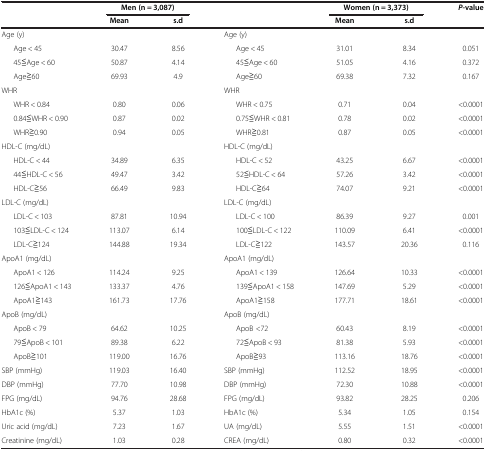
<table><thead><tr><td><b> </b></td><td colspan="2"><b>Men (n = 3,087)</b></td><td><b> </b></td><td colspan="2"><b>Women (n = 3,373)</b></td><td><b><i>P</i>-value</b></td></tr><tr><td><b> </b></td><td><b>Mean</b></td><td><b>s.d</b></td><td><b> </b></td><td><b>Mean</b></td><td><b>s.d</b></td><td><b> </b></td></tr></thead><tbody><tr><td>Age (y)</td><td> </td><td> </td><td>Age (y)</td><td> </td><td> </td><td> </td></tr><tr><td>Age &lt; 45</td><td>30.47</td><td>8.56</td><td>Age &lt; 45</td><td>31.01</td><td>8.34</td><td>0.051</td></tr><tr><td>45≦Age &lt; 60</td><td>50.87</td><td>4.14</td><td>45≦Age &lt; 60</td><td>51.05</td><td>4.16</td><td>0.372</td></tr><tr><td>Age≧60</td><td>69.93</td><td>4.9</td><td>Age≧60</td><td>69.38</td><td>7.32</td><td>0.167</td></tr><tr><td>WHR</td><td> </td><td> </td><td>WHR</td><td> </td><td> </td><td> </td></tr><tr><td>WHR &lt; 0.84</td><td>0.80</td><td>0.06</td><td>WHR &lt; 0.75</td><td>0.71</td><td>0.04</td><td>&lt;0.0001</td></tr><tr><td>0.84≦WHR &lt; 0.90</td><td>0.87</td><td>0.02</td><td>0.75≦WHR &lt; 0.81</td><td>0.78</td><td>0.02</td><td>&lt;0.0001</td></tr><tr><td>WHR≧0.90</td><td>0.94</td><td>0.05</td><td>WHR≧0.81</td><td>0.87</td><td>0.05</td><td>&lt;0.0001</td></tr><tr><td>HDL-C (mg/dL)</td><td> </td><td> </td><td>HDL-C (mg/dL)</td><td> </td><td> </td><td> </td></tr><tr><td>HDL-C &lt; 44</td><td>34.89</td><td>6.35</td><td>HDL-C &lt; 52</td><td>43.25</td><td>6.67</td><td>&lt;0.0001</td></tr><tr><td>44≦HDL-C &lt; 56</td><td>49.47</td><td>3.42</td><td>52≦HDL-C &lt; 64</td><td>57.26</td><td>3.42</td><td>&lt;0.0001</td></tr><tr><td>HDL-C≧56</td><td>66.49</td><td>9.83</td><td>HDL-C≧64</td><td>74.07</td><td>9.21</td><td>&lt;0.0001</td></tr><tr><td>LDL-C (mg/dL)</td><td> </td><td> </td><td>LDL-C (mg/dL)</td><td> </td><td> </td><td> </td></tr><tr><td>LDL-C &lt; 103</td><td>87.81</td><td>10.94</td><td>LDL-C &lt; 100</td><td>86.39</td><td>9.27</td><td>0.001</td></tr><tr><td>103≦LDL-C &lt; 124</td><td>113.07</td><td>6.14</td><td>100≦LDL-C &lt; 122</td><td>110.09</td><td>6.41</td><td>&lt;0.0001</td></tr><tr><td>LDL-C≧124</td><td>144.88</td><td>19.34</td><td>LDL-C≧122</td><td>143.57</td><td>20.36</td><td>0.116</td></tr><tr><td>ApoA1 (mg/dL)</td><td> </td><td> </td><td>ApoA1 (mg/dL)</td><td> </td><td> </td><td> </td></tr><tr><td>ApoA1 &lt; 126</td><td>114.24</td><td>9.25</td><td>ApoA1 &lt; 139</td><td>126.64</td><td>10.33</td><td>&lt;0.0001</td></tr><tr><td>126≦ApoA1 &lt; 143</td><td>133.37</td><td>4.76</td><td>139≦ApoA1 &lt; 158</td><td>147.69</td><td>5.29</td><td>&lt;0.0001</td></tr><tr><td>ApoA1≧143</td><td>161.73</td><td>17.76</td><td>ApoA1≧158</td><td>177.71</td><td>18.61</td><td>&lt;0.0001</td></tr><tr><td>ApoB (mg/dL)</td><td> </td><td> </td><td>ApoB (mg/dL)</td><td> </td><td> </td><td> </td></tr><tr><td>ApoB &lt; 79</td><td>64.62</td><td>10.25</td><td>ApoB &lt;72</td><td>60.43</td><td>8.19</td><td>&lt;0.0001</td></tr><tr><td>79≦ApoB &lt; 101</td><td>89.38</td><td>6.22</td><td>72≦ApoB &lt; 93</td><td>81.38</td><td>5.93</td><td>&lt;0.0001</td></tr><tr><td>ApoB≧101</td><td>119.00</td><td>16.76</td><td>ApoB≧93</td><td>113.16</td><td>18.76</td><td>&lt;0.0001</td></tr><tr><td>SBP (mmHg)</td><td>119.03</td><td>16.40</td><td>SBP (mmHg)</td><td>112.52</td><td>18.95</td><td>&lt;0.0001</td></tr><tr><td>DBP (mmHg)</td><td>77.70</td><td>10.98</td><td>DBP (mmHg)</td><td>72.30</td><td>10.88</td><td>&lt;0.0001</td></tr><tr><td>FPG (mg/dL)</td><td>94.76</td><td>28.68</td><td>FPG (mg/dL)</td><td>93.82</td><td>28.25</td><td>0.206</td></tr><tr><td>HbA1c (%)</td><td>5.37</td><td>1.03</td><td>HbA1c (%)</td><td>5.34</td><td>1.05</td><td>0.154</td></tr><tr><td>Uric acid (mg/dL)</td><td>7.23</td><td>1.67</td><td>UA (mg/dL)</td><td>5.55</td><td>1.51</td><td>&lt;0.0001</td></tr><tr><td>Creatinine (mg/dL)</td><td>1.03</td><td>0.28</td><td>CREA (mg/dL)</td><td>0.80</td><td>0.32</td><td>&lt;0.0001</td></tr></tbody></table>